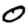
Digit: 0